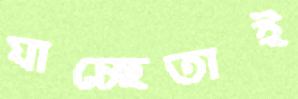
যাচ্ছেতাই